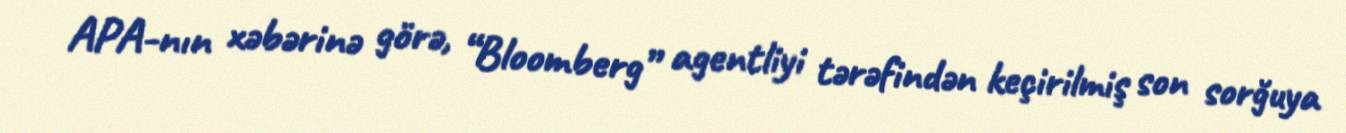
APA-nın xəbərinə görə, “Bloomberg” agentliyi tərəfindən keçirilmiş son sorğuya